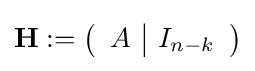
\mathbf {H} :={\begin{pmatrix}{\begin{array}{c|c}A&I_{n-k}\\\end{array}}\end{pmatrix}}